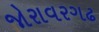
જોરાવરગઢ